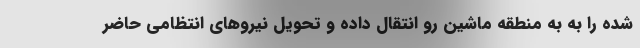
شده را به به منطقه ماشین رو انتقال داده و تحویل نیروهای انتظامی حاضر